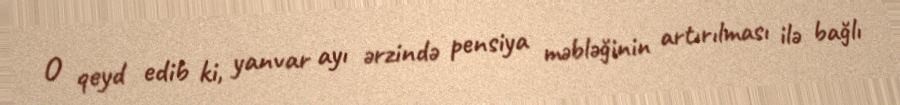
O qeyd edib ki, yanvar ayı ərzində pensiya məbləğinin artırılması ilə bağlı